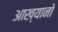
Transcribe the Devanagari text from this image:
आख्यानो